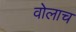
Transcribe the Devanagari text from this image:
वोलाच